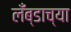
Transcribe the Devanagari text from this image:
लँब्डाच्या